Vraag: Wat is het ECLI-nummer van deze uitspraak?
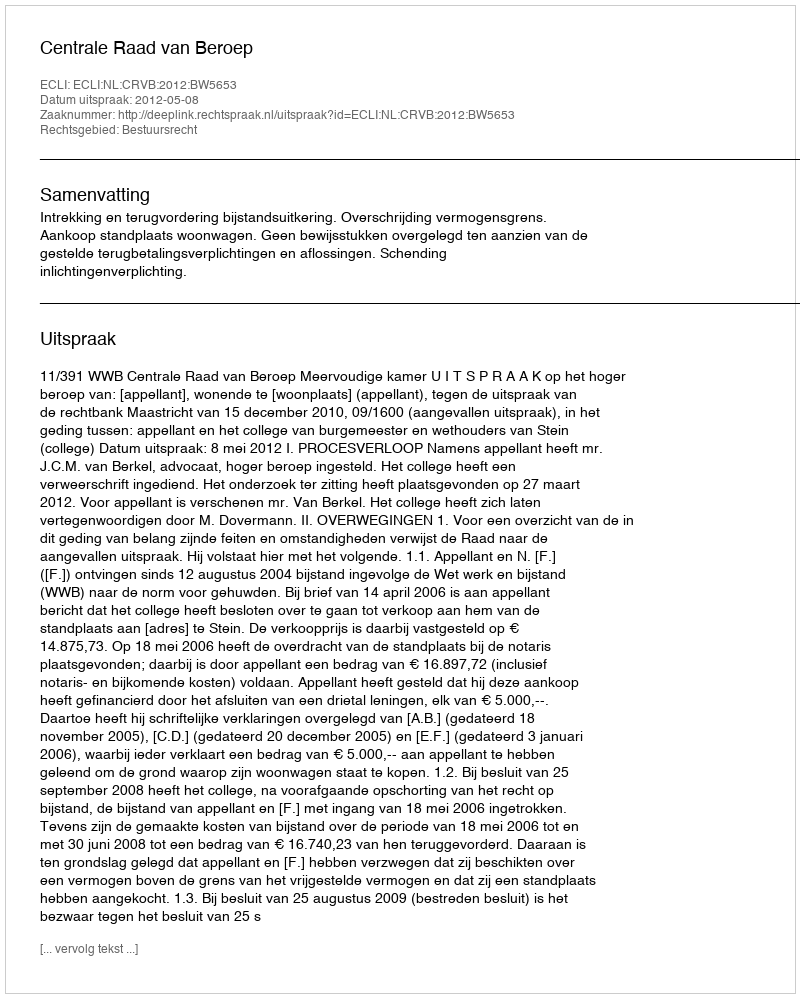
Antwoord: ECLI:NL:CRVB:2012:BW5653